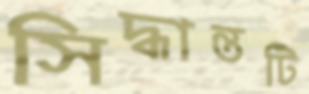
সিদ্ধান্তটি